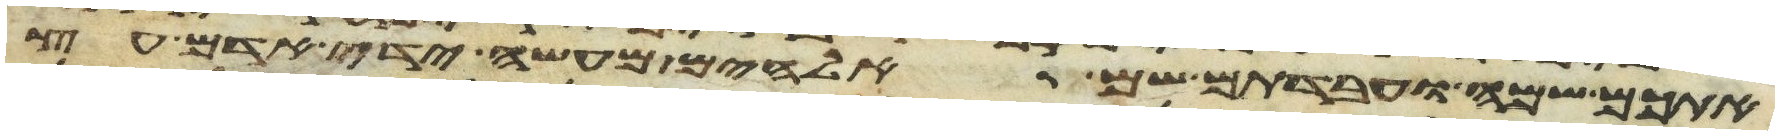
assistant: אתכם שמה ועבדתם שם אלהים מעשה ידי אדם עץ